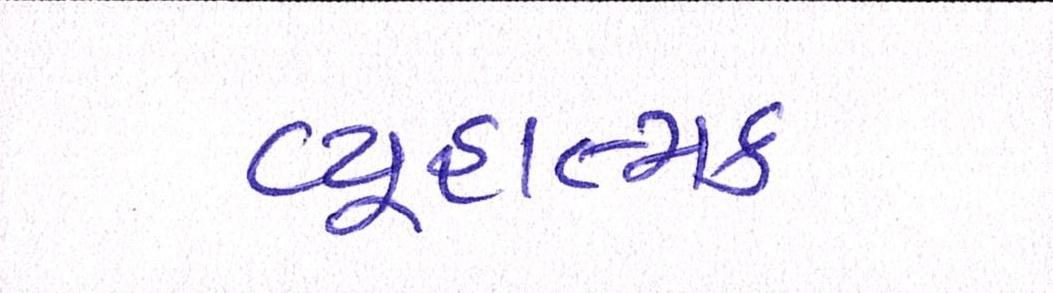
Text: વ્યૂહાત્મક